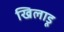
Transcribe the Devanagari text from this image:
खिलाडू